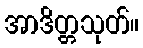
အာဒိတ္တသုတ်။